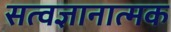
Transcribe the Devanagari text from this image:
सत्वज्ञानात्मक